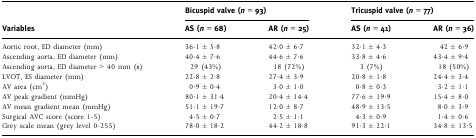
|  | <COLSPAN=2> Bicuspid valve (n = 93) | <COLSPAN=2> Tricuspid valve (n = 77) |
 | Variables | AS (n = 68) | AR (n = 25) | AS (n = 41) | AR (n = 36) |
 | --- | --- | --- | --- | --- |
 | Aortic root, ED diameter (mm) | 36·1 ± 5·8 | 42·0 ± 6·7 | 32·1 ± 4·3 | 42 ± 6·9 |
 | Ascending aorta, ED diameter (mm) | 40·4 ± 7·6 | 44·6 ± 7·6 | 33·8 ± 4·6 | 43·4 ± 9·4 |
 | Ascending aorta, ED diameter > 40 mm (n) | 29 (43%) | 18 (72%) | 3 (7%) | 18 (50%) |
 | LVOT, ES diameter (mm) | 22·8 ± 2·8 | 27·4 ± 3·9 | 20·8 ± 1·8 | 24·4 ± 3·4 |
 | AV area (cm2) | 0·9 ± 0·4 | 3·0 ± 1·0 | 0·8 ± 0·3 | 3·2 ± 1·1 |
 | AV peak gradient (mmHg) | 80·1 ± 31·4 | 20·4 ± 14·4 | 77·6 ± 19·9 | 15·4 ± 8·0 |
 | AV mean gradient mean (mmHg) | 51·1 ± 19·7 | 12·0 ± 8·7 | 48·9 ± 13·5 | 8·0 ± 3·9 |
 | Surgical AVC score (score 1-5) | 4·5 ± 0·7 | 2·5 ± 1·1 | 4·3 ± 0·9 | 1·4 ± 0·6 |
 | Grey scale mean (grey level 0-255) | 78·0 ± 18·2 | 44·2 ± 18·8 | 91·3 ± 22·1 | 34·8 ± 13·5 |